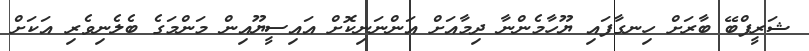
ޝަރީފްބޭ ބާރަށް ހިނގާފައި ޔޫހާމެންނާ ދިމާއަށް އަންނަނިކޮށް އައިސީޔޫއިން މަންމަގެ ބެލެނިވެރި އަކަށް